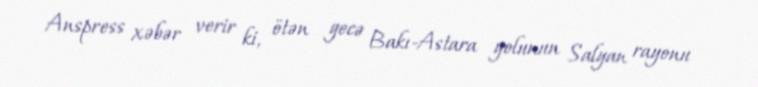
Anspress xəbər verir ki, ötən gecə Bakı-Astara yolunun Salyan rayonu